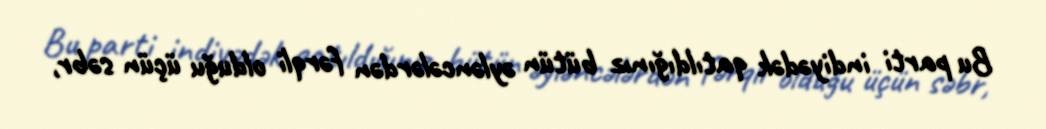
Bu parti indiyədək qatıldığınız bütün əyləncələrdən fərqli olduğu üçün səbr,